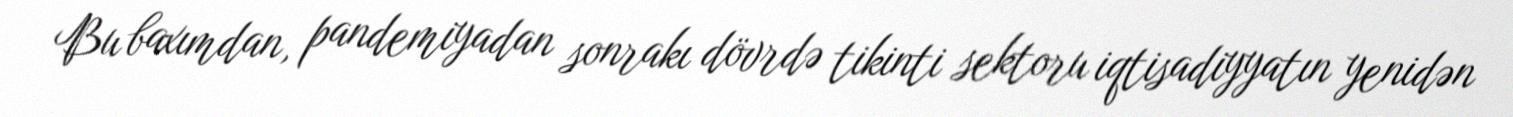
Bu baxımdan, pandemiyadan sonrakı dövrdə tikinti sektoru iqtisadiyyatın yenidən